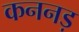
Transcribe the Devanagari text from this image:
कननड़